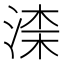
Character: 𣸑